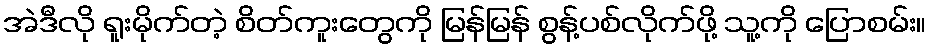
အဲဒီလို ရူးမိုက်တဲ့ စိတ်ကူးတွေကို မြန်မြန် စွန့်ပစ်လိုက်ဖို့ သူ့ကို ပြောစမ်း။